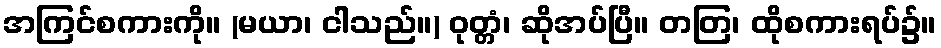
အကြင်စကားကို။ (မယာ၊ ငါသည်။) ဝုတ္တံ၊ ဆိုအပ်ပြီ။ တတြ၊ ထိုစကားရပ်၌။